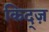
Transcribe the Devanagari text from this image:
किद्ज़